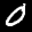
Label: 0